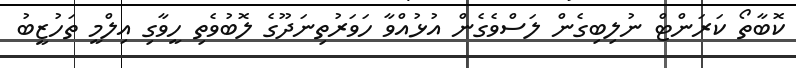
ކޮބާތޯ ކަރަންޓް ނުލިބިގެން ލަސްވެގެން އުޅުއްވާ ހަވަރުތިނަދޫގެ ލޮބުވެތި ހީވާގި އިލްމީ ތަހުޒީބު